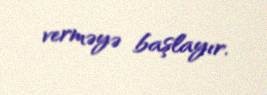
verməyə başlayır.